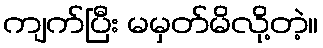
ကျက်ပြီး မမှတ်မိလို့တဲ့။